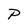
Character: P